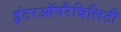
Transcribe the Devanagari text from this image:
इंटरऑपरैबिलिटी